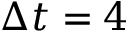
\Delta t = 4